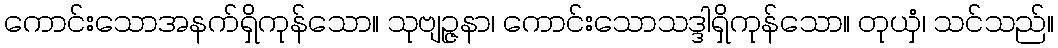
ကောင်းသောအနက်ရှိကုန်သော။ သုဗျဉ္ဇနာ၊ ကောင်းသောသဒ္ဒါရှိကုန်သော။ တုယှံ၊ သင်သည်။